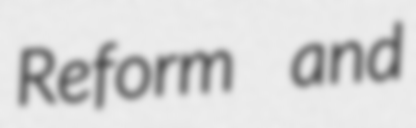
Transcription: Reform and